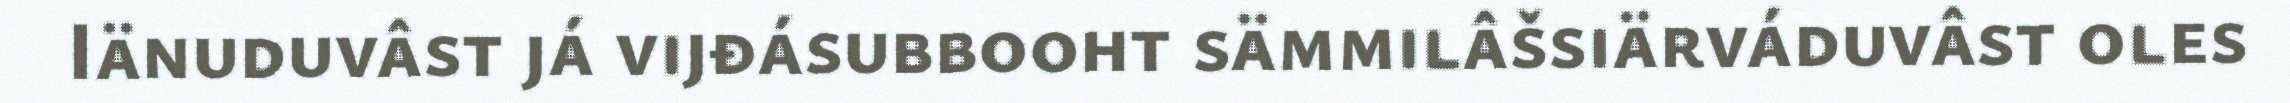
Iänuduvâst já vijđásubbooht sämmilâšsiärváduvâst oles